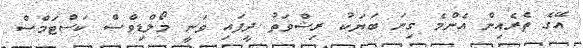
އޭގެ ތެރެއިން އެންމެ ގިނަ ބަޔަކު ރިޝްވަތު ދީފައި ވަނީ މޯލްޑިވްސް ކަސްޓަމްސް